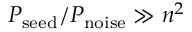
P _ { \mathrm { s e e d } } / P _ { \mathrm { n o i s e } } \gg n ^ { 2 }